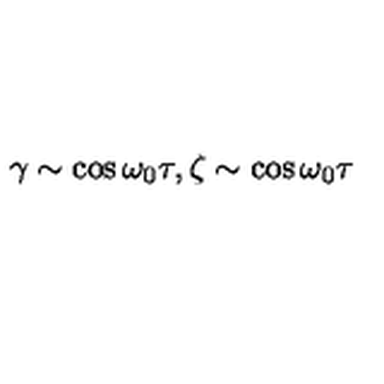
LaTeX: \gamma \sim \cos \omega _ { 0 } \tau , \zeta \sim \cos \omega _ { 0 } \tau